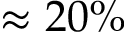
\approx 2 0 \%